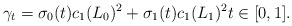
\begin{align*} \gamma_t = \sigma_0(t) c_1(L_0)^2 + \sigma_1(t) c_1(L_1)^2 t\in [0,1].\end{align*}